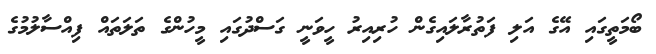
ބޯމަތީގައި އޭގެ އަލި ފަތުރާލައިގެން ހުރިއިރު ހީވަނީ ގަސްދުގައި މީހުންގެ ތަލަތައް ފިއްސާލުމުގެ